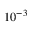
1 0 ^ { - 3 }